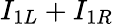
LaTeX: I_{1L}+I_{1R}